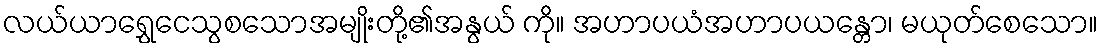
လယ်ယာရွှေငေသွစသောအမျိုးတို့၏အနွယ် ကို။ အဟာပယံအဟာပယန္တော၊ မယုတ်စေသော။